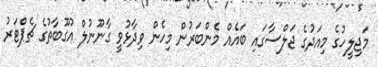
މަޖިލީހުގެ މިއަދުގެ ޖަލްސާގައި ބައެއް މެންބަރުން މިހެން ވިދާޅުވީ ގާނޫނުލް އުގޫބާތުގެ ޗެޕްޓަރު